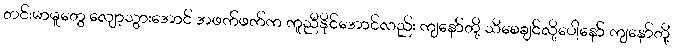
တင်းမာမှုတွေ လျော့သွားအောင် အဖက်ဖက်က ကူညီနိုင်အောင်လည်း ကျနော်တို့ သိစေချင်လို့ပေါ့နော် ကျနော်တို့